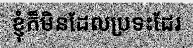
ខ្ញុំក៏មិនដែលប្រទះដែរ